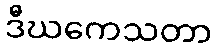
ဒီဃကေသတာ